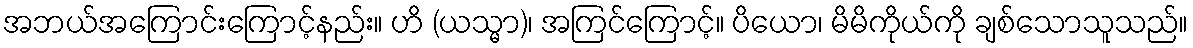
အဘယ်အကြောင်းကြောင့်နည်း။ ဟိ (ယသ္မာ)၊ အကြင်ကြောင့်။ ပိယော၊ မိမိကိုယ်ကို ချစ်သောသူသည်။